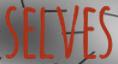
SELVES